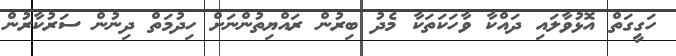
ހަގީގަތް އޮޅުވާލައި ދައްކާ ވާހަކަތަކާ މެދު ބިރުން ރައްޔިތުންނަށް ހިދުމަތް ދިނުން ސަރުކާރުން